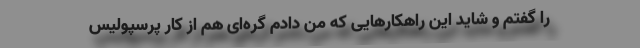
را گفتم و شاید این راهکارهایی که من دادم گره‌ای هم از کار پرسپولیس